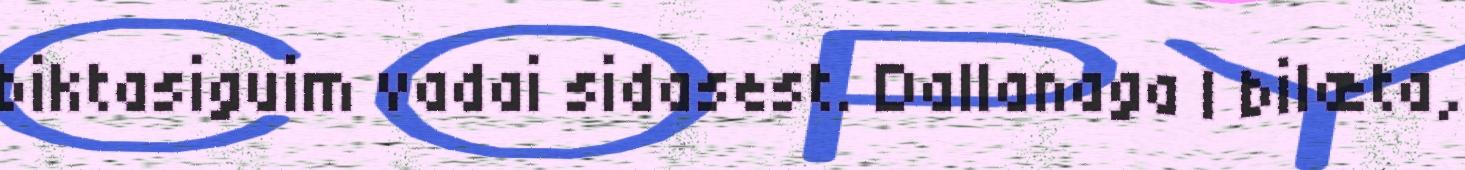
biktasiguim vadai sidasest. Dallanaga | bilæta,